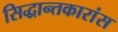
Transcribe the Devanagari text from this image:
सिद्धान्तकारांस